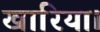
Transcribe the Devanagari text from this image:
खारिया।